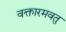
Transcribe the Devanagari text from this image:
वक्तारमवतु